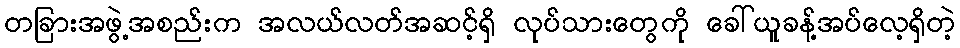
တခြားအဖွဲ့အစည်းက အလယ်လတ်အဆင့်ရှိ လုပ်သားတွေကို ခေါ်ယူခန့်အပ်လေ့ရှိတဲ့